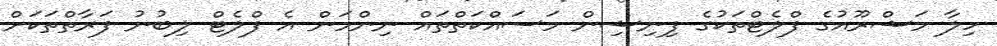
ހިލާ މަޝްރޫއުގެ ފްލެޓްތަކުގެ ފިނިޝިން މަސައްކަތްތައް ނިންމަން އެ ފްލެޓް ލިބުނު ފަރާތްތަކަށް